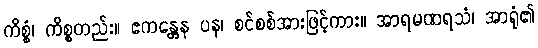
ကိစ္စံ၊ ကိစ္စတည်း။ ဧကန္တေန ပန၊ စင်စစ်အားဖြင့်ကား။ အာရမဏရသံ၊ အာရုံ၏